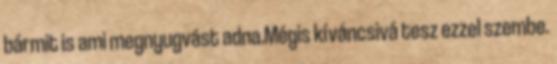
bármit is ami megnyugvást adna.Mégis kíváncsivá tesz ezzel szembe.